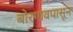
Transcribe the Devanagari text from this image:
बोरगावपासून